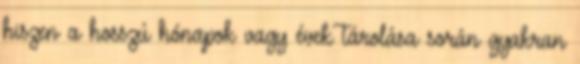
hiszen a hosszú hónapok vagy évek tárolása során gyakran